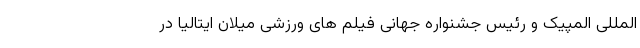
المللی المپیک و رئیس جشنواره جهانی فیلم های ورزشی میلان ایتالیا در